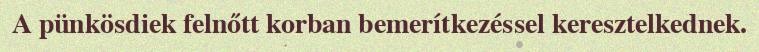
A pünkösdiek felnőtt korban bemerítkezéssel keresztelkednek.